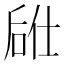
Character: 𫪣